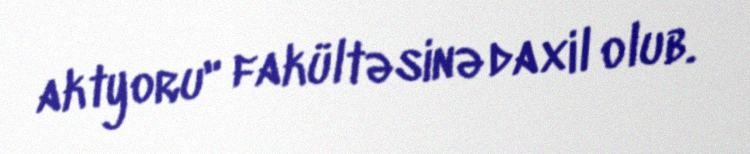
aktyoru" fakültəsinə daxil olub.